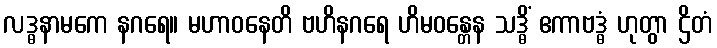
လဒ္ဓနာမကေ နဂရေ။ မဟာဝနေတိ ဗဟိနဂရေ ဟိမဝန္တေန သဒ္ဓိံ ဧကာဗဒ္ဓံ ဟုတွာ ဌိတံ